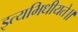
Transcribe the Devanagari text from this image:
इत्यभिधीयते॥